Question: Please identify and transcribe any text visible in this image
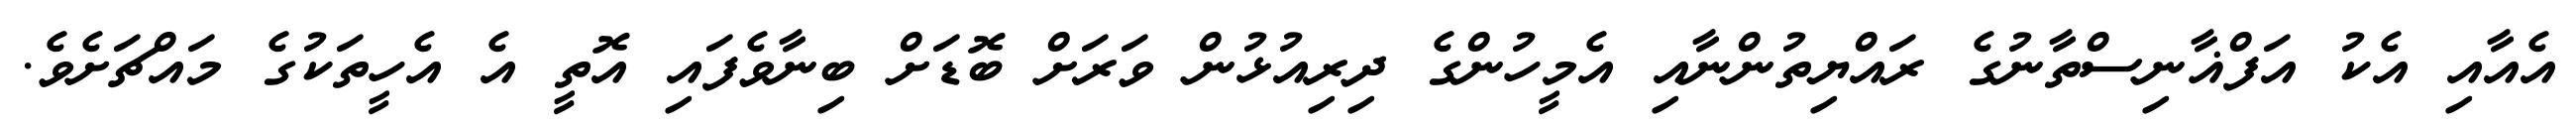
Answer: އެއާއި އެކު އަފްޣާނިސްތާނުގެ ރައްޔިތުންނާއި އެމީހުންގެ ދިރިއުޅުން ވަރަށް ބޮޑަށް ބިނާވެފައި އޮތީ އެ އެހީތަކުގެ މައްޗަށެވެ.